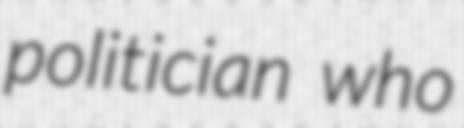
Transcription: politician who